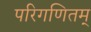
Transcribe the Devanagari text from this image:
परिगणितम्